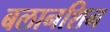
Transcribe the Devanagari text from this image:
बलानशिन